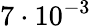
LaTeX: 7\cdot 10^{-3}